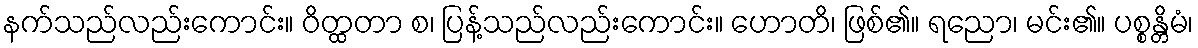
နက်သည်လည်းကောင်း။ ဝိတ္ထတာ စ၊ ပြန့်သည်လည်းကောင်း။ ဟောတိ၊ ဖြစ်၏။ ရညော၊ မင်း၏။ ပစ္စန္တိမံ၊